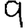
Digit: 9